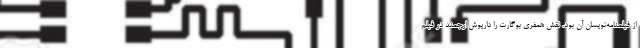
از فيلمنامه‌نويسان آن بود. نقش همفري بوگارت را داريوش ارجمند در فيلم